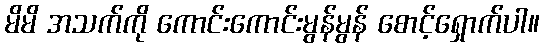
မိမိ အသက်ကို ကောင်းကောင်းမွန်မွန် စောင့်ရှောက်ပါ။